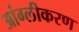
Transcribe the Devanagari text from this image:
आंग्लीकरण